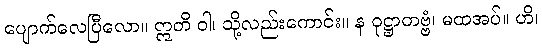
ပျောက်လေပြီလော။ ဣတိ ဝါ၊ သို့လည်းကောင်း။ န ဝုဋ္ဌာတဗ္ဗံ၊ မထအပ်။ ဟိ၊